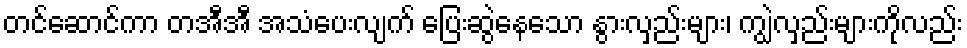
တင်ဆောင်ကာ တအီအီ အသံပေးလျက် ပြေးဆွဲနေသော နွားလှည်းများ၊ ကျွဲလှည်းများကိုလည်း